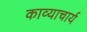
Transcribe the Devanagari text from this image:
काव्याचार्य